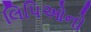
લિપિઓનો